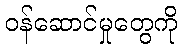
ဝန်ဆောင်မှုတွေကို